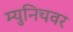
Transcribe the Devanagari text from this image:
म्युनिचवर